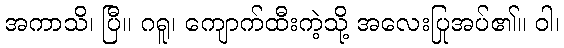
အကာသိ၊ ပြီ။ ဂရူ၊ ကျောက်ထီးကဲ့သို့ အလေးပြုအပ်၏။ ဝါ၊